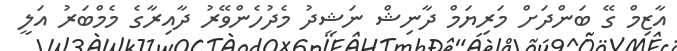
އާޒިމް ގޭ ބަންދަށް މަރިޔަމް ދާނިޝް ނަޝީދު މެދުހެންވޭރު ދާއިރާގެ މެމްބަރު އަލީ